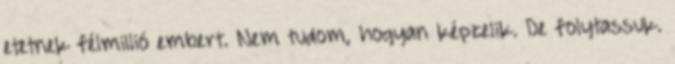
etetnek félmillió embert. Nem tudom, hogyan képzelik. De folytassuk.